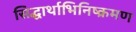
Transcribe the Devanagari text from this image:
सिद्धार्थाभिनिष्क्रमण